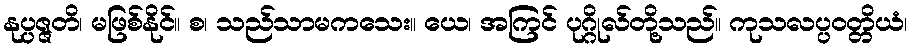
နုပ္ပဇ္ဇတိ၊ မဖြစ်နိုင်။ စ၊ သည်သာမကသေး။ ယေ၊ အကြင် ပုဂ္ဂိုလ်တို့သည်။ ကုသလပ္ပဝတ္တိယံ၊